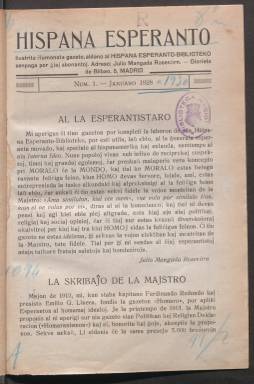
Título: Hispana Esperanto
Colección: Esperanto
Ámbito geográfico: Madrid
Lugar de publicación: Madrid
Fechas: 01/01/1928-31/12/1930